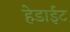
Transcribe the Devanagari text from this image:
हेडाईट